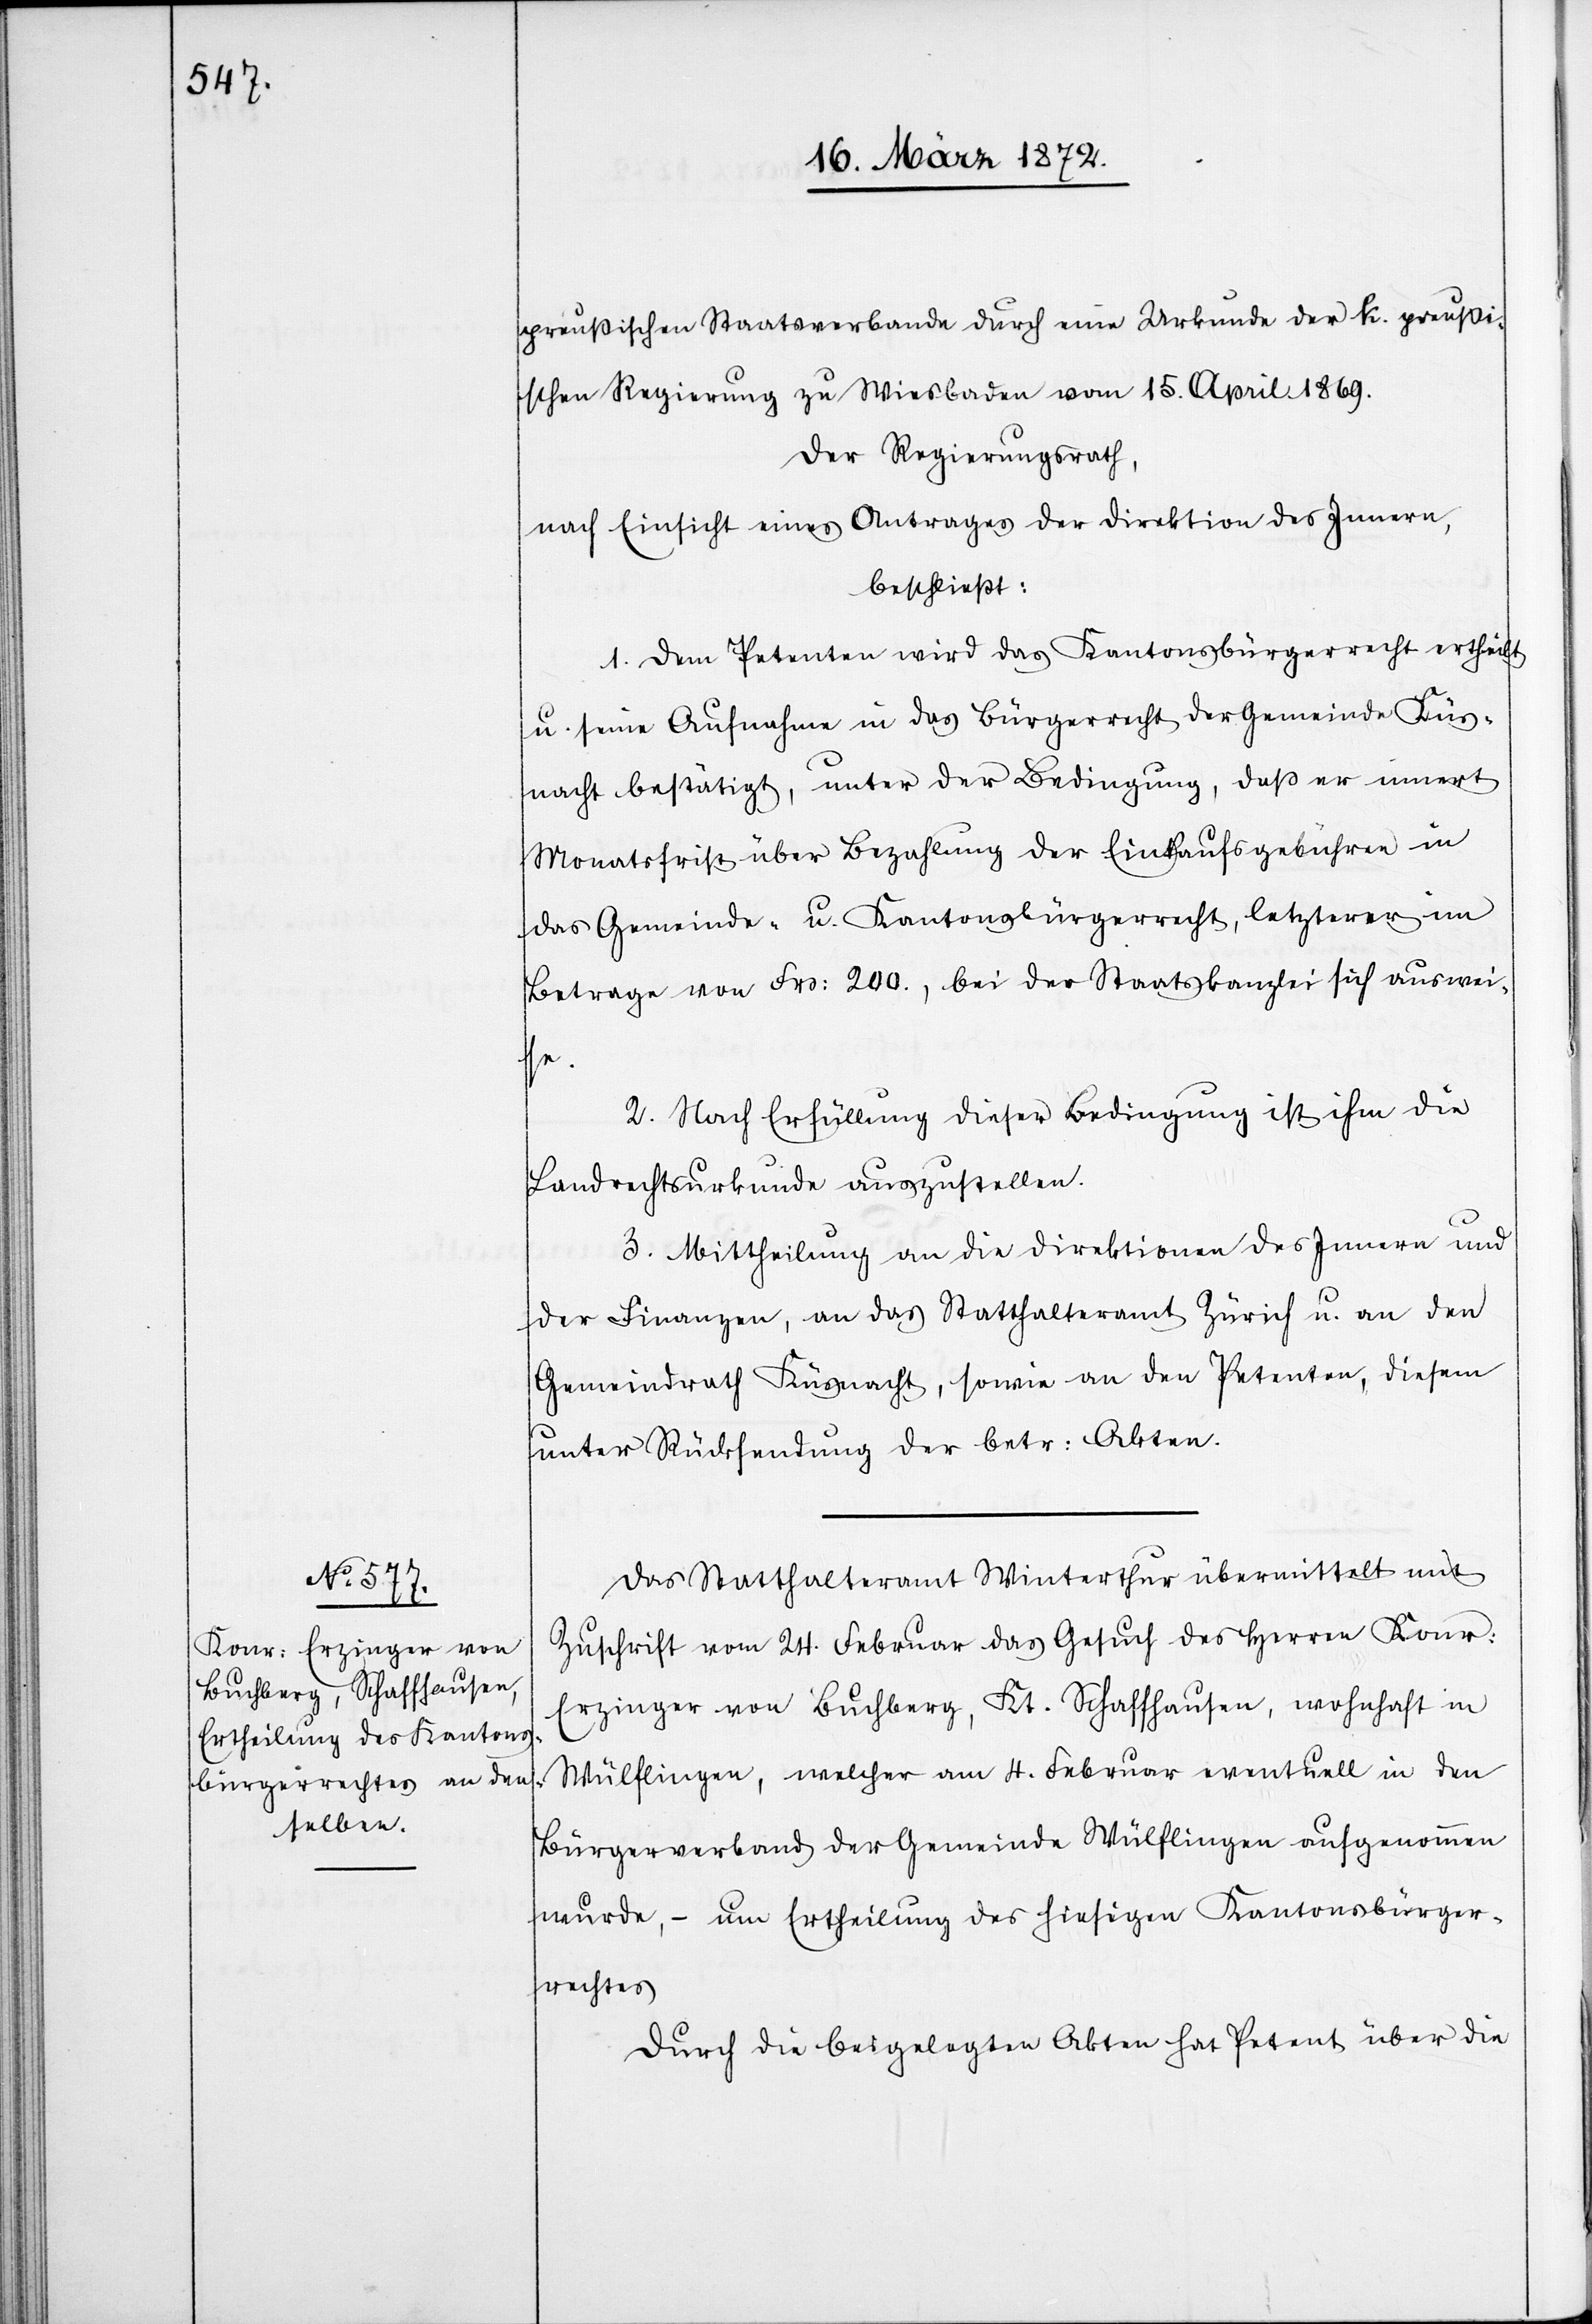
preußischen Staatsverbande durch eine Urkunde der k. preußi¬
schen Regierung zu Wiesbaden vom 15. April 1869.
Der Regierungsrath,
nach Einsicht eines Antrages der Direktion des Innern,
beschließt:
1. Dem Petenten wird das Kantonsbürgerrecht ertheilt
u. seine Aufnahme in das Bürgerrecht der Gemeinde Küs¬
nacht bestätigt, unter der Bedingung, daß er innert
Monatsfrist über Bezahlung der Einkaufsgebühren in
das Gemeinde- u. Kantonsbürgerrecht, letzterer im
Betrage von Frs: 200., bei der Staatskanzlei sich auswei¬
se.
2. Nach Erfüllung dieser Bedingung ist ihm die
Landrechtsurkunde auszustellen.
3. Mittheilung an die Direktion des Innern und
der Finanzen, an das Statthalteramt Zürich u. an den
Gemeindrath Küsnacht, sowie an den Petenten, diesem
unter Rücksendung der betr: Akten.
Das Statthalteramt Winterthur übermittelt mit
Zuschrift vom 24. Februar das Gesuch des Herren Konr:
Erzinger von Buchberg, Kt. Schaffhausen, wohnhaft in
Wülflingen, welcher am 4. Februar eventuell in den
Bürgerverband der Gemeinde Wülflingen aufgenommen
wurde, – um Ertheilung des hiesigen Kantonsbürger¬
rechtes[.]
Durch die beigelegten Akten hat Petent über die